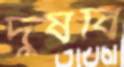
দুষবি